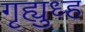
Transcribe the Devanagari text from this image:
गृह्युध्ह